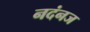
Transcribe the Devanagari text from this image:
नदंनज